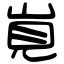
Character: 𡷹